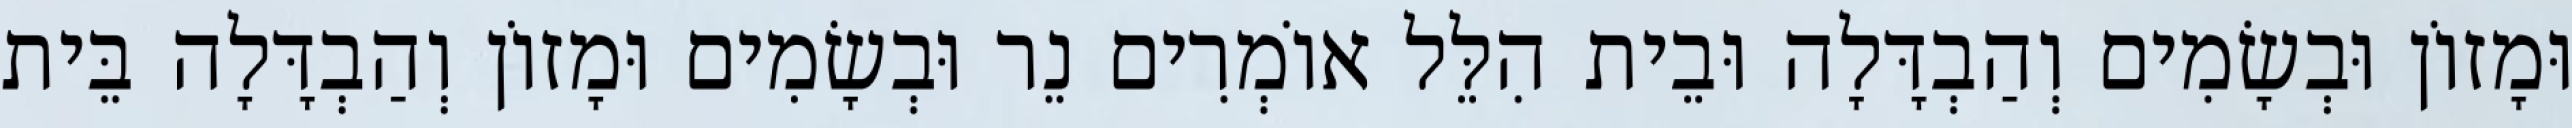
וּמָזוֹן וּבְשָׂמִים וְהַבְדָּלָה וּבֵית הִלֵּל אוֹמְרִים נֵר וּבְשָׂמִים וּמָזוֹן וְהַבְדָּלָה בֵּית